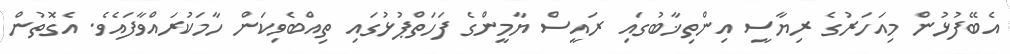
އެބޭފުޅުން މިއަހަރުގެ ރިޔާސީ އިންތިޚާބުގައި ރައީސް ޔާމީންގެ ފަހަތްޕުޅުގައި ތިއްބެވިކަން ހާމަކުރައްވާފައެވެ. އެގޮތުން